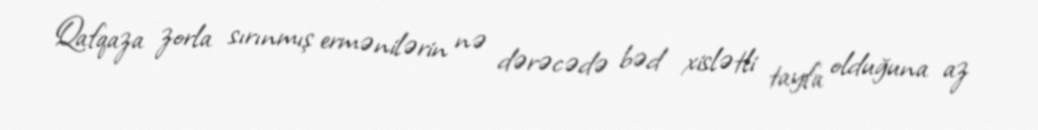
Qafqaza zorla sırınmış ermənilərin nə dərəcədə bəd xislətli tayfa olduğuna az